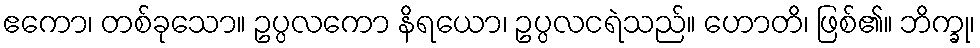
ဧကော၊ တစ်ခုသော။ ဥပ္ပလကော နိရယော၊ ဥပ္ပလငရဲသည်။ ဟောတိ၊ ဖြစ်၏။ ဘိက္ခု၊